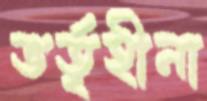
ভর্তৃহীনা